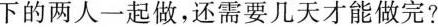
下的两人一起做，还需要几天才能做完?